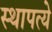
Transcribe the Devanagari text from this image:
स्थापत्ये